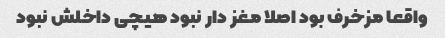
واقعا مزخرف بود اصلا مغز دار نبود هیچی داخلش نبود